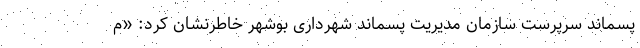
پسماند سرپرست سازمان مدیریت پسماند شهرداری بوشهر خاطرنشان کرد: «م